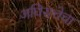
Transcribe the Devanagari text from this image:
अधिसत्तेचा